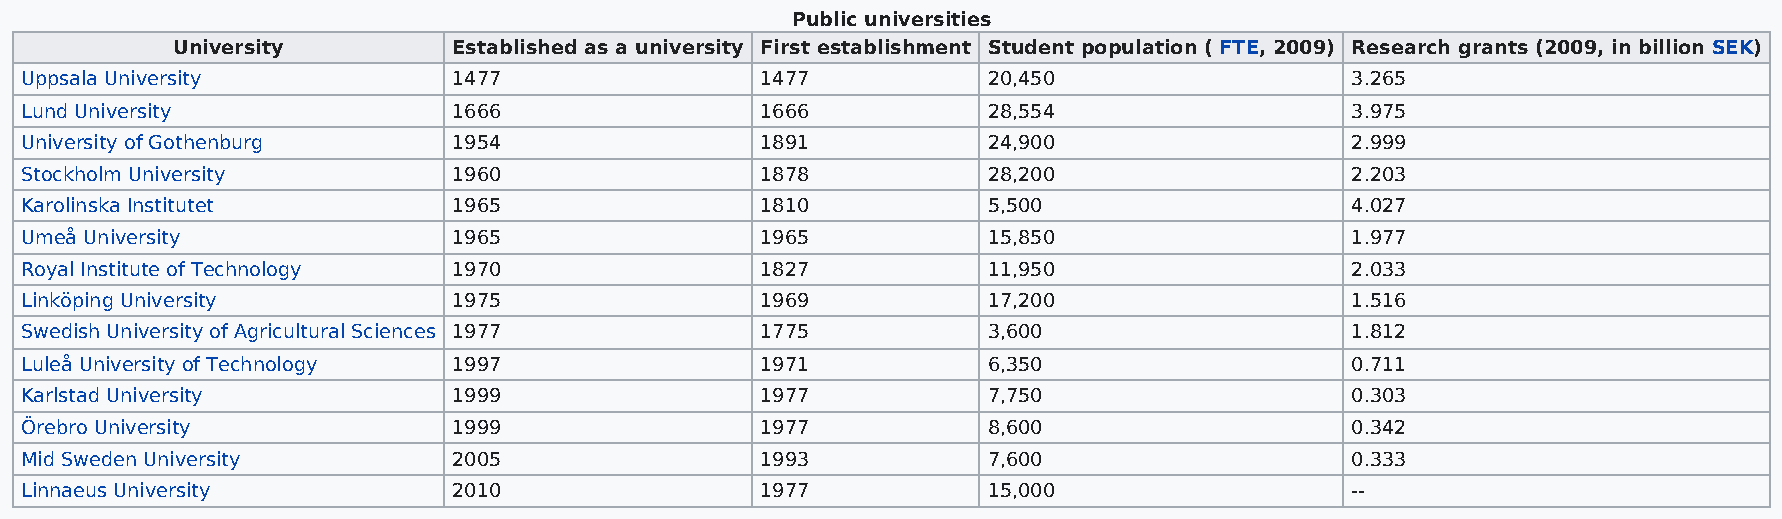
Public universities
 University         Established as a university First establishment Student population ( FTE, 2009) Research grants (2009, in billion SEK)
 Uppsala University           1477                1477           20,450                  3.265
 Lund University              1666                1666           28,554                  3.975
 University of Gothenburg     1954                1891           24,900                  2.999
 Stockholm University         1960                1878           28,200                  2.203
 Karolinska Institutet        1965                1810           5,500                   4.027
 Umeå University              1965                1965           15,850                  1.977
 Royal Institute of Technology 1970               1827           11,950                  2.033
 Linköping University         1975                1969           17,200                  1.516
 Swedish University of Agricultural Sciences 1977 1775           3,600                   1.812
 Luleå University of Technology 1997              1971           6,350                   0.711
 Karlstad University          1999                1977           7,750                   0.303
 Örebro University            1999                1977           8,600                   0.342
 Mid Sweden University        2005                1993           7,600                   0.333
 Linnaeus University          2010                1977           15,000                  --